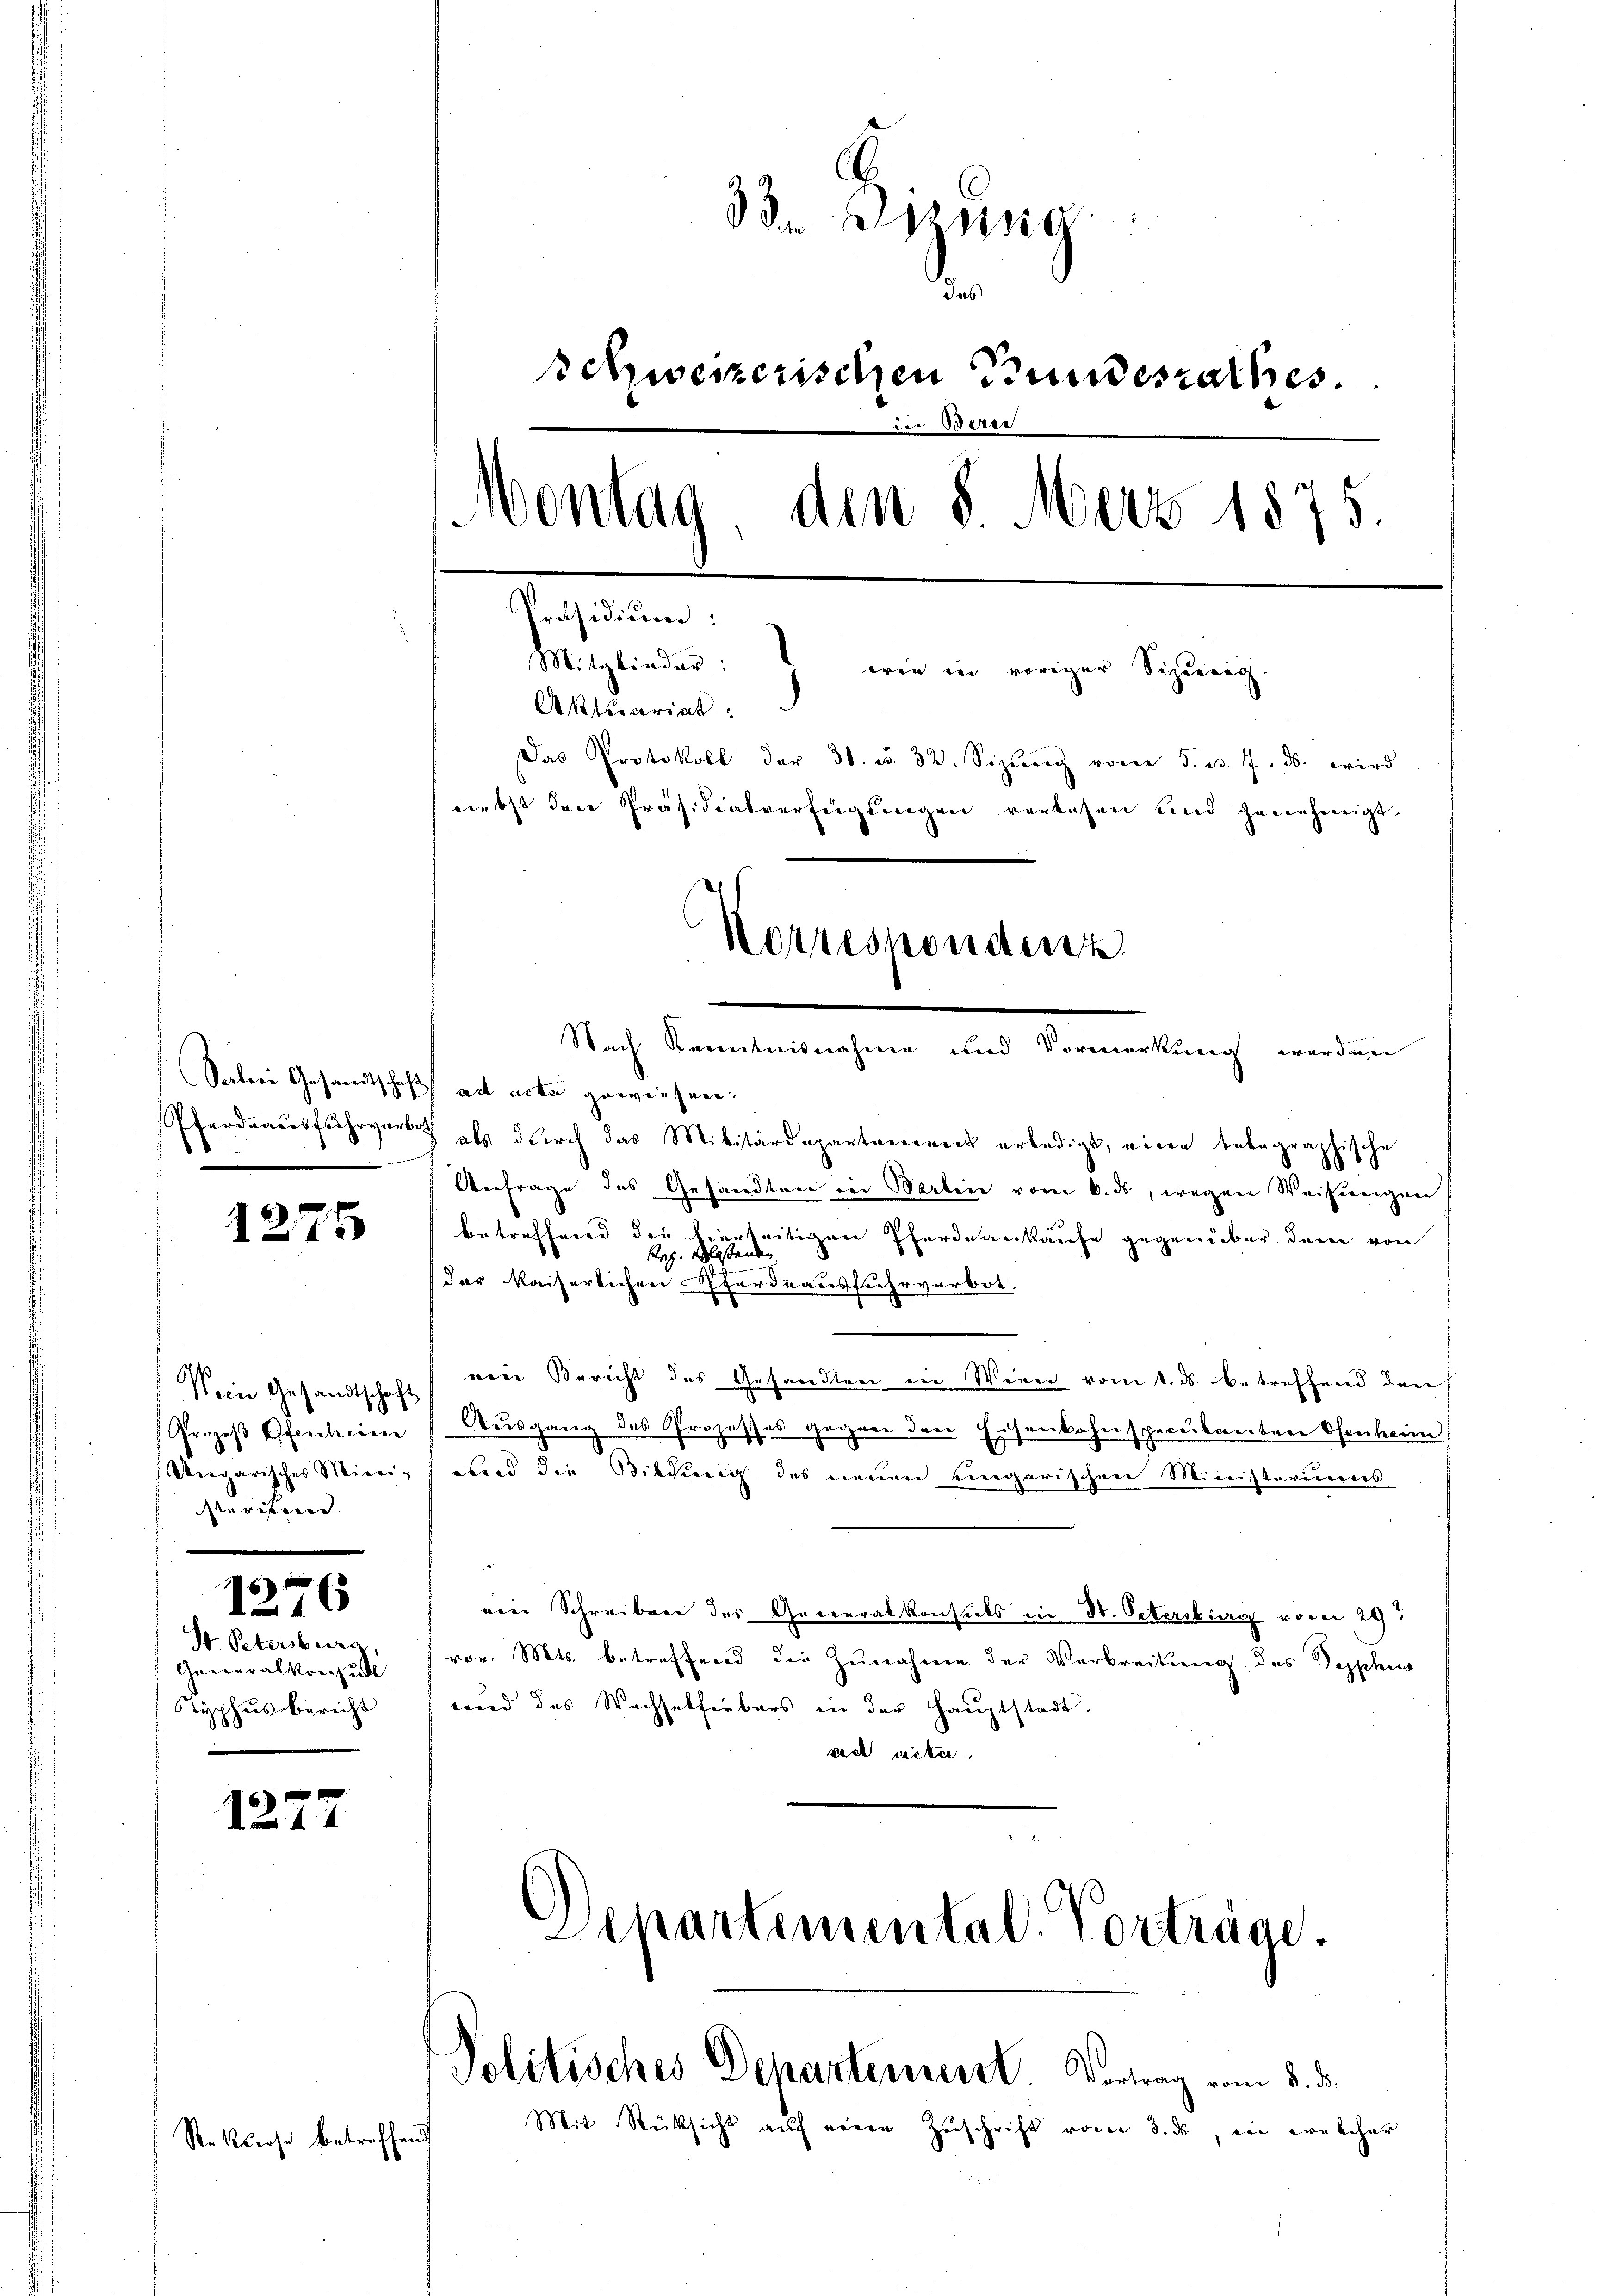
1275

Mein Gesandtschaft
Prozeβ Ofenchciner
Ungarisches Mini-
Parisieren

1276

d Petrissweg,
Generalkonsul
Styphus bericht

1277

33. Bezug
das
schweizerischen Bundesrathes.
in Beren
Montag, den 8 Merz 1875.
Präsidium:
Mitglieder: wie in voriger Sipurig.
Aktsecerint.
Das Protokoll der 30. u. 32. Sizung vom 5. v. 7. ds. wird
niebst den Präsidialverfügungen verlesen und genehmigt.
Korrespondert
Nach Kenntnisnahme und Vormerkung werden

R. Kiese betreffend

Salei Gesandtschaft ad acta gewiesen.
Pferdeausfuhrverbot als durch das Militärdepartanneck erledigt, einen telegraphische
Anfrage des Gesandten in Barten vom 6. ds, wegen Weisungen
betreffend die hierseitigen Pferdankaufe gegenüber dem von
der kaiserlichen Pferdeausfuhrverbot.
s
nen Bericht des Gesandten in Wien vom 1. ds. betreffend den
Ausgang des Proze
ses gegen den Eisenbahn specubanten Ofenheim
zu
und die Bildenig des neuen ungarischen Ministeriums
eine Schreiben des Generalkonsuls in Dr. Petersburg vorei 29.
vor. Mts. betreffend die Zunahme der Verbreitung des Syphi
wird das Wachselfenbars in der Hauptstadt.
ad acte.

Mit Rücksicht auf eine Zuschrift vom 3. ds ein welcher

Separtemental Vorträge.

Politisches Departement. Vortrag vom 2. ds.